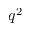
q ^ { 2 }